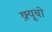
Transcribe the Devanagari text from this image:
क़्यूबो